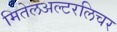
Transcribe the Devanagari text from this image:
मितेलअल्टरलिचर